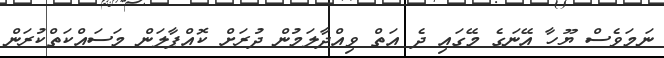
ނަމަވެސް ޔޫހާ އޭނަގެ މޭގައި ދެ އަތް ވިއްދާލަމުން ދުރަށް ކޮއްޕާލަން މަސައްކަތްކުރަން